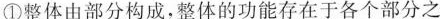
①整体由部分构成，整体的功能存在于各个部分之